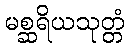
မစ္ဆရိယသုတ္တံ